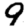
Digit: 9